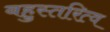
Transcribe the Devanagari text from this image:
बहुस्तरित्व